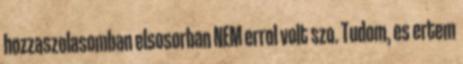
hozzaszolasomban elsosorban NEM errol volt szo. Tudom, es ertem